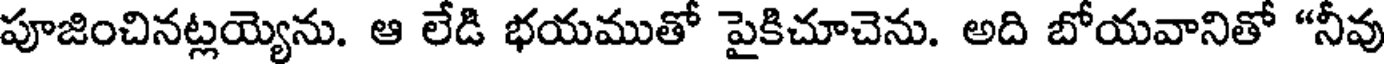
పూజించినట్లయ్యెను. ఆ లేడి భయముతో పైకిచూచెను. అది బోయవానితో "నీవు